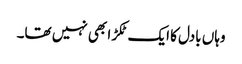
وہاں بادل کا ایک ٹکڑا بھی نہیں تھا۔